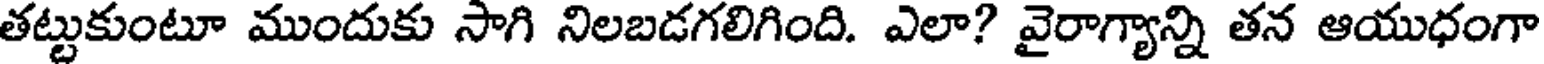
తట్టుకుంటూ ముందుకు సాగి నిలబడగలిగింది. ఎలా? వైరాగ్యాన్ని తన ఆయుధంగా